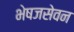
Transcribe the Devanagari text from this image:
भेषजसेवन